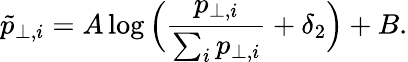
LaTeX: \tilde{p}_{\perp,i}=A\log\Big({\frac{p_{\perp,i}}{\sum_{i}p_{\perp,i}}}+\delta_{2}\Big)+B.